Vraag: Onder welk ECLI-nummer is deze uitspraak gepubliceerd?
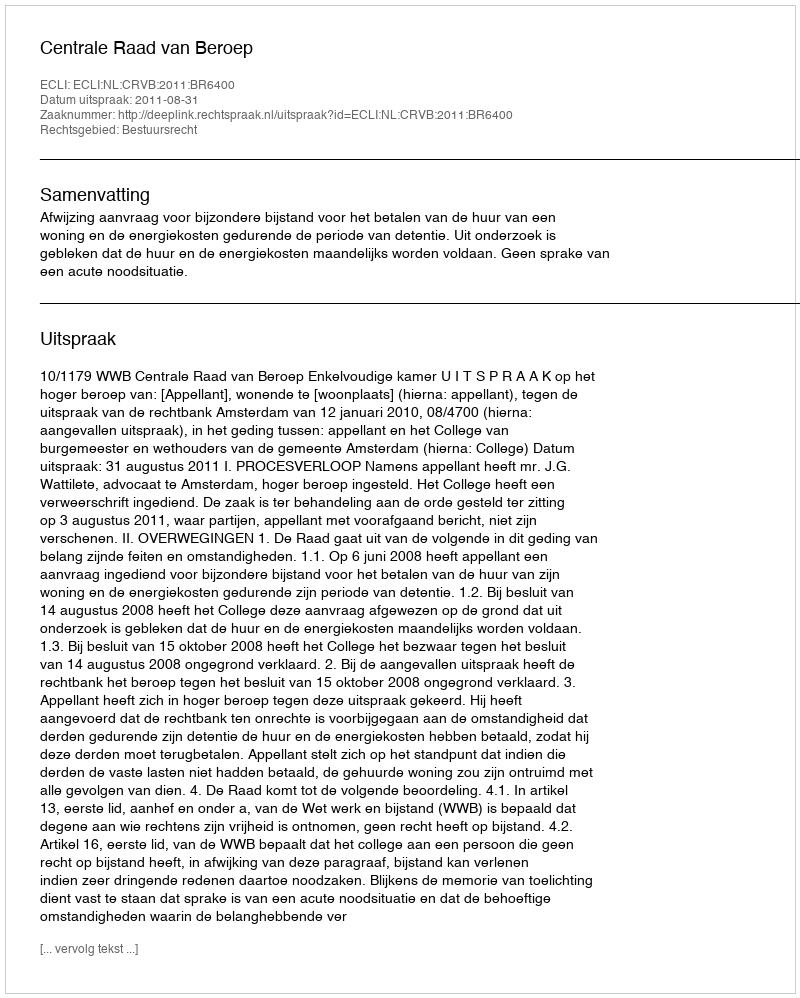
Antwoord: ECLI:NL:CRVB:2011:BR6400